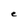
Character: e